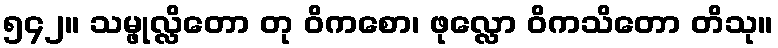
၅၄၂။ သမ္ဖုလ္လိတော တု ဝိကစော၊ ဖုလ္လော ဝိကသိတော တိသု။